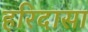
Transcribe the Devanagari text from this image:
हरिदासा